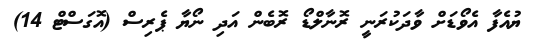
ޔުއެފާ އެވޯޑަށް ވާދަކުރަނީ ރޮނާލްޑޯ ރޮބެން އަދި ނޯޔާ ޕެރިސް (އޮގަސްޓް 14)